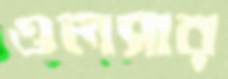
ওলসার